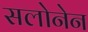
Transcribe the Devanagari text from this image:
सलोनेन